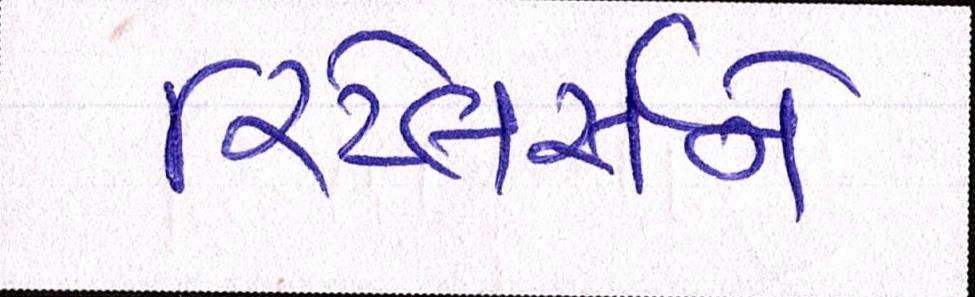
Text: રિટેલર્સને